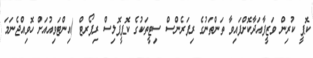
ކޮޕީ ކުރިން ވަޒީފާއަދާކޮށްފައިވާ ތަންތަނުގެ ރިފަރެންސް ސިޓީތަކުގެ ކޮޕީޕޮލިސް ރިޕޯރޓް (އިންޓަވިއުއަށް ހޮވިއްޖެނަމަ